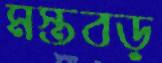
মস্তবড়